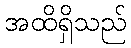
အထိရှိသည်